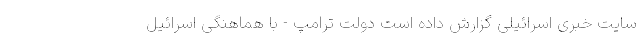
سایت خبری اسرائیلی گزارش داده است دولت ترامپ - با هماهنگی اسرائیل